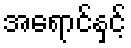
အရောင်နှင့်